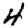
Digit: 4